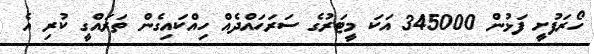
ހޯރަފުށީ ފަޅުން 345000 އަކަ މީޓަރުގެ ސަރަހައްދެއް ހިއްކައިގެން ތަރައްގީ ކުރި އެ